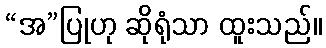
“အ”ပြုဟု ဆိုရုံသာ ထူးသည်။